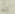
إنه